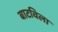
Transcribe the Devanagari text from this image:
बाटविला